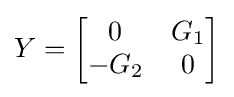
Y={\begin{bmatrix}0&G_{1}\\-G_{2}&0\end{bmatrix}}